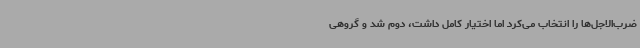
ضرب‌الاجل‌ها را انتخاب می‌کرد اما اختیار کامل داشت، دوم شد و گروهی